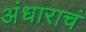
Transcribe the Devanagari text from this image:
अंधाराचं